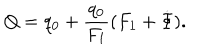
Q = q _ { 0 } + \frac { q _ { 0 } } { F _ { 1 } } ( F _ { 1 } + \dot { \Phi } ) .